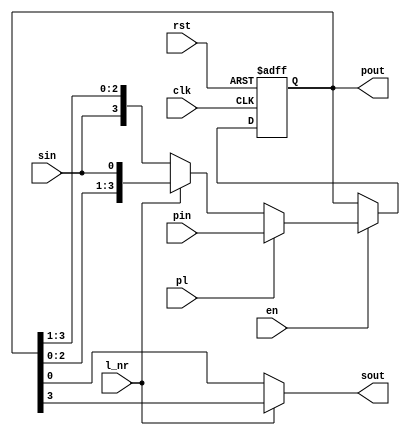
module SHR #(
    parameter N_BIT=4
) (
    input clk, rst, en, l_nr, pl, sin,
    input [N_BIT-1:0] pin,
    output wire sout,
    output wire [N_BIT-1:0] pout
);

    reg [N_BIT-1:0] int_bits;

    always @(posedge clk or posedge rst) begin
        if (rst) int_bits<=0;
        else begin
            if (en) begin
                if (pl) int_bits<=pin;
                else begin 
                    if (l_nr) int_bits<={int_bits[N_BIT-2:0],sin};
                    else int_bits<={sin,int_bits[N_BIT-1:1]};
                end
            end
        end
    end

    assign sout= l_nr ? int_bits[N_BIT-1] : int_bits[0];
    assign pout=int_bits;
    
endmodule